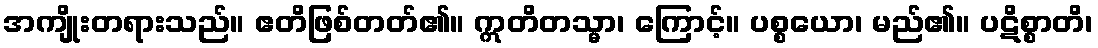
အကျိုးတရားသည်။ ဧတိဖြစ်တတ်၏။ ဣတိတသ္မာ၊ ကြောင့်။ ပစ္စယော၊ မည်၏။ ပဋိစ္စာတိ၊